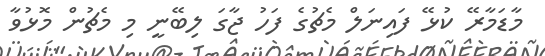
މާޑަމާރޭ ކުޅޭ ފައިނަލް މެޗުގެ ފަހު ޖާގަ ލިބޭނީ މި މެޗުން މޮޅުވާ